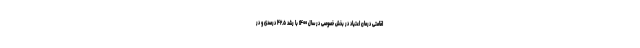
اقامتی درمان اعتیاد در بخش خصوصی در سال ۱۴۰۰ با رشد ۴۲.۵ درصدی و در